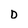
Character: D